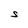
Character: S